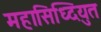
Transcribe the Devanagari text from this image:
महासिध्दियुत